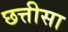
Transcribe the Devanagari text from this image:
छत्तीसा